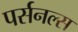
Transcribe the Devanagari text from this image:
पर्सनल्स